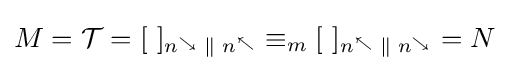
M={\mathcal {T}}=[~]_{n^{\searrow }\;\|\;n^{\nwarrow }}\equiv _{m}[~]_{n^{\nwarrow }\;\|\;n^{\searrow }}=N